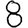
Digit: 8